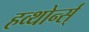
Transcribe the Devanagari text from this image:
हव्थोर्न्स्